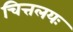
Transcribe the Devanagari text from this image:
चित्तलयः